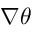
\nabla \theta